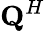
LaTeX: {\mathbf{Q}}^{H}